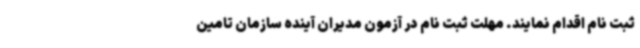
ثبت نام اقدام نمایند. مهلت ثبت نام در آزمون مدیران آینده سازمان تامین